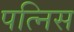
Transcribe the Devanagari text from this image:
पत्निस